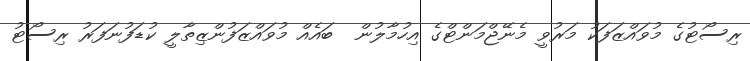
ރިސޯޓުގެ މުވައްޒަފަކު މަރުވީ މެނޭޖްމަންޓްގެ އިހުމާލުން  ބައެއް މުވައްޒަފުންޒިތާލީ ކުޑަފުނަފަރު ރިސޯޓު